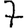
Digit: 7